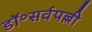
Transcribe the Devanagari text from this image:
डॉ॰सर्वपल्ली